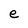
Character: e